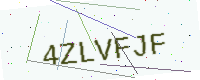
Text: 4ZLVFJF